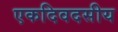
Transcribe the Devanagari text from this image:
एकदिवदसीय